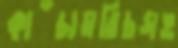
কাঁচামরিচসহ